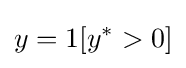
y=1[y^{*}>0]